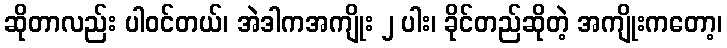
ဆိုတာလည်း ပါဝင်တယ်၊ အဲဒါကအကျိုး ၂ ပါး၊ ခိုင်တည်ဆိုတဲ့ အကျိုးကတော့၊